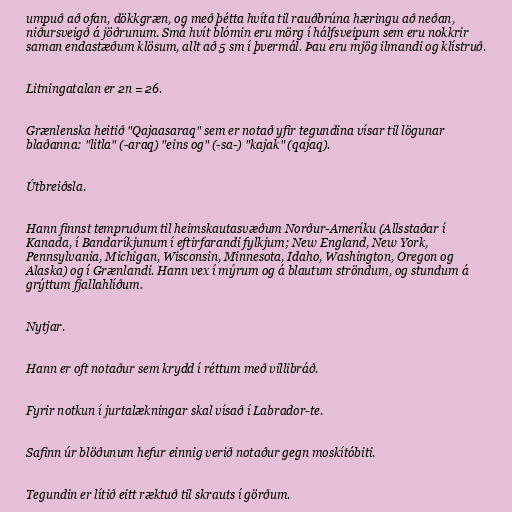
umpuð að ofan, dökkgræn, og með þétta hvíta til rauðbrúna hæringu að neðan,
niðursveigð á jöðrunum. Smá hvít blómin eru mörg í hálfsveipum sem eru nokkrir
saman endastæðum klösum, allt að 5 sm í þvermál. Þau eru mjög ilmandi og klístruð.

Litningatalan er 2n = 26.

Grænlenska heitið "Qajaasaraq" sem er notað yfir tegundina vísar til lögunar
blaðanna: "litla" (-araq) "eins og" (-sa-) "kajak" (qajaq).

Útbreiðsla.

Hann finnst tempruðum til heimskautasvæðum Norður-Ameríku (Allsstaðar í
Kanada, í Bandaríkjunum í eftirfarandi fylkjum; New England, New York,
Pennsylvania, Michigan, Wisconsin, Minnesota, Idaho, Washington, Oregon og
Alaska) og í Grænlandi. Hann vex í mýrum og á blautum ströndum, og stundum á
grýttum fjallahlíðum.

Nytjar.

Hann er oft notaður sem krydd í réttum með villibráð.

Fyrir notkun í jurtalækningar skal vísað í Labrador-te.

Safinn úr blöðunum hefur einnig verið notaður gegn moskítóbiti.

Tegundin er lítið eitt ræktuð til skrauts í görðum.